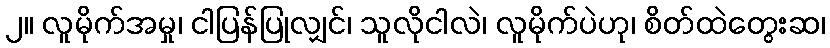
၂။ လူမိုက်အမှု၊ ငါပြန်ပြုလျှင်၊ သူလိုငါလဲ၊ လူမိုက်ပဲဟု၊ စိတ်ထဲတွေးဆ၊